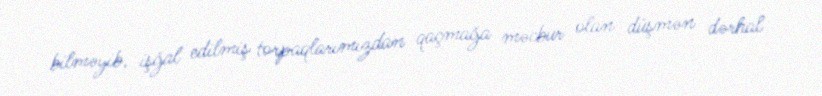
bilməyib, işğal edilmiş torpaqlarımızdan qaçmağa məcbur olan düşmən dərhal